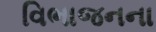
વિભાજનના